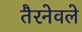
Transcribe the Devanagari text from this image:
तैरनेवले